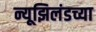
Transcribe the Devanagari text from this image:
न्यूझिलंडच्या